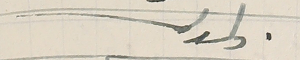
ولدكم